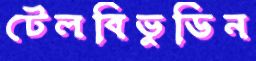
টেলবিভুডিন